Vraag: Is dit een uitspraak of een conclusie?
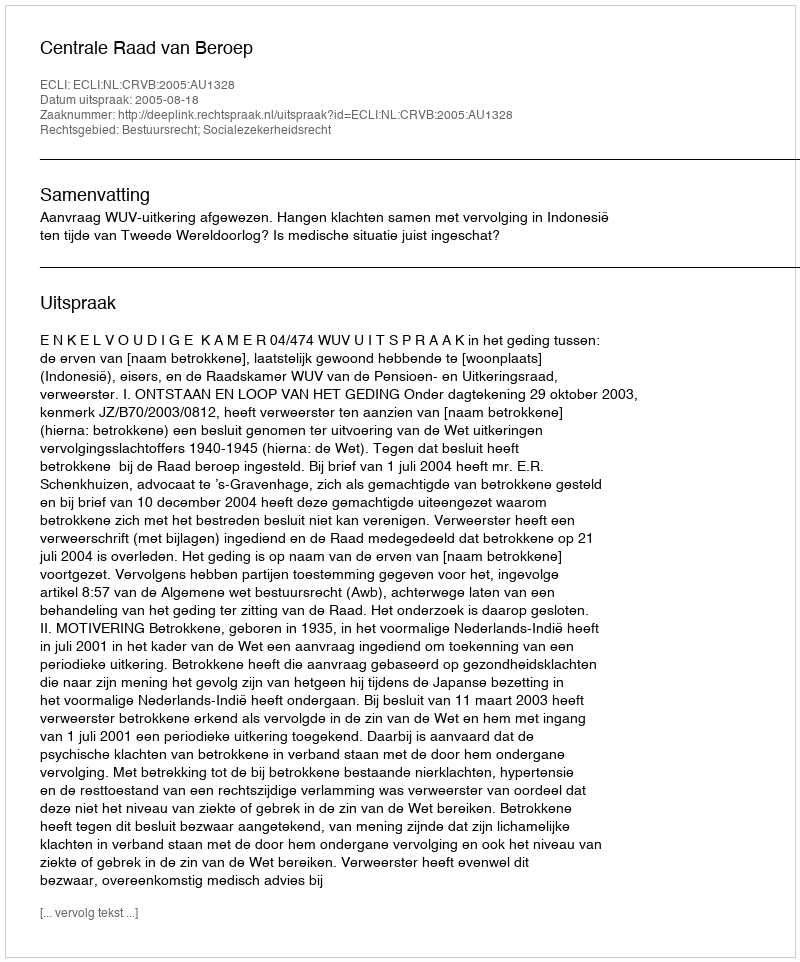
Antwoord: Uitspraak